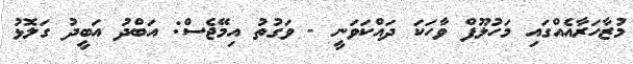
މުޒާހަރާއެއްގައި މަހުލޫފް ވާހަކަ ދައްކަވަނީ - ވަގުތު އިމޭޖެސް: އަބްދު އަބީދު ގަލޮޅު